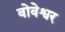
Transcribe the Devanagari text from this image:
वोवेश्वर